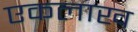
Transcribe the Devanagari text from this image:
एकलाख